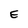
Character: E